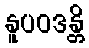
နူပဝဒန္တိ